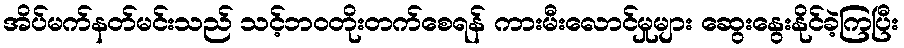
အိပ်မက်နတ်မင်းသည် သင့်ဘဝတိုးတက်စေရန် ကားမီးလောင်မှုများ ဆွေးနွေးနိုင်ခဲ့ကြပြီး